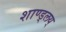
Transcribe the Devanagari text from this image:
शाण्ड्लय्